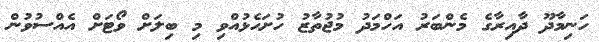
ހަނިމާދޫ ދާއިރާގެ މެންބަރު އަހްމަދު މުޖުތާޒު ހުށަހެޅުއްވި މި ބިލަށް ވޯޓަށް އެއްސުވުން